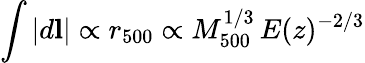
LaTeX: \int|d\mathbf{l}|\propto r_{500}\propto M_{500}^{1/3}\, E(z)^{-2/3}